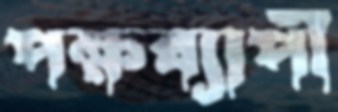
পক্ষব্যাপী